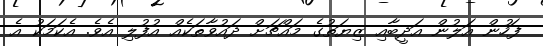
ފަހުން އަލުން އަދީބާއި ޒިޔަތުގެ މައްޗަށް ދައުވާތަކެއް އުފުލި އެވެ. އެކަމަކު އެ